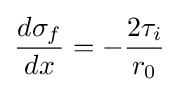
{\frac {d\sigma _{f}}{dx}}=-{\frac {2\tau _{i}}{r_{0}}}